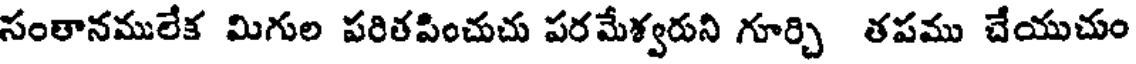
సంతానములేక మిగుల పరితపించుచు పరమేశ్వరుని గూర్చి తపము చేయుచుం